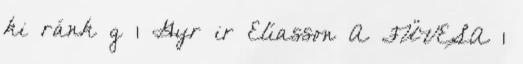
ki ránk g 1 Gyrðir Elíasson A FÜVESA 1